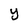
Character: y